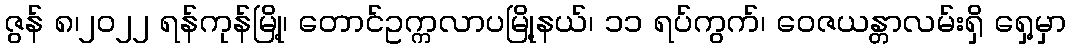
ဇွန် ၈၊၂၀၂၂ ရန်ကုန်မြို့၊ တောင်ဥက္ကလာပမြို့နယ်၊ ၁၁ ရပ်ကွက်၊ ဝေဇယန္တာလမ်းရှိ ရှေ့မှာ